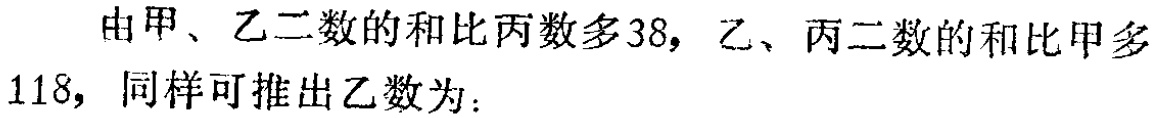
由甲、乙二数的和比丙数多38，乙、丙二数的和比甲多118，同样可推出乙数为：